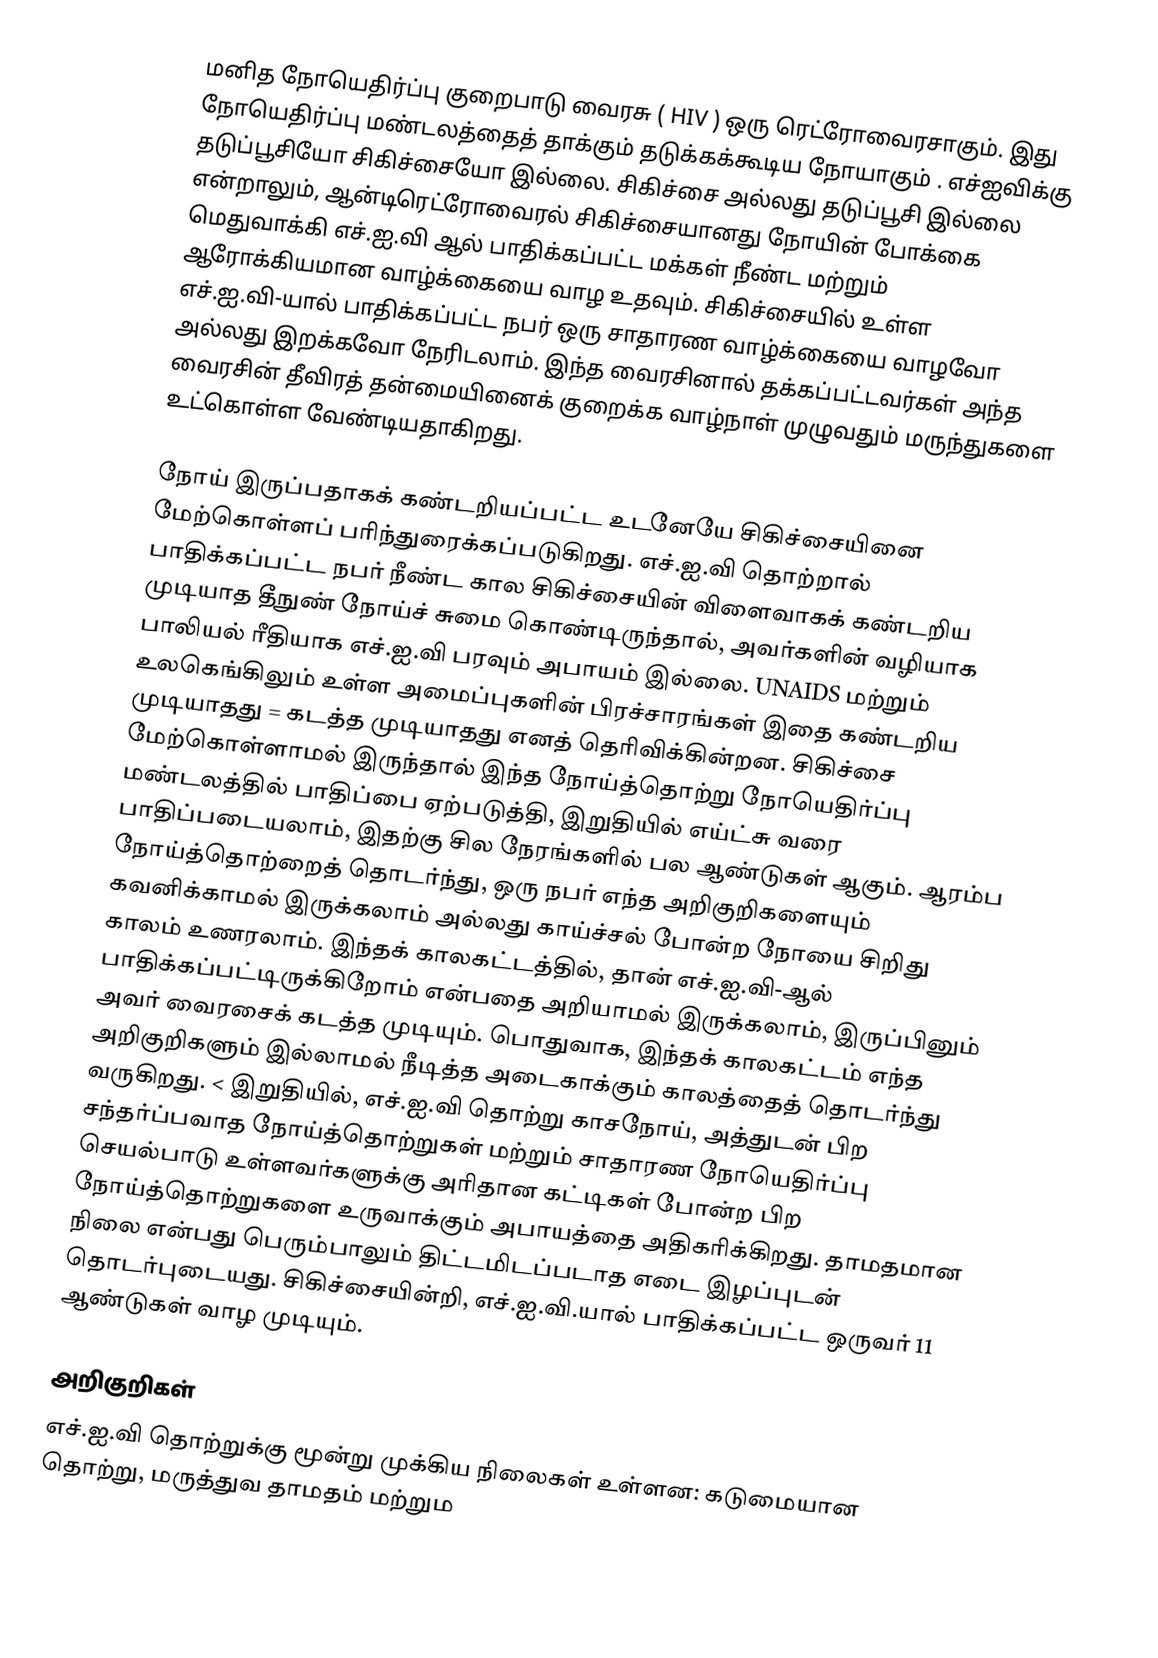
மனித நோயெதிர்ப்பு குறைபாடு வைரசு ( HIV )    ஒரு ரெட்ரோவைரசாகும்.  இது நோயெதிர்ப்பு மண்டலத்தைத் தாக்கும் தடுக்கக்கூடிய நோயாகும் . எச்ஐவிக்கு தடுப்பூசியோ சிகிச்சையோ இல்லை. சிகிச்சை அல்லது தடுப்பூசி இல்லை என்றாலும், ஆன்டிரெட்ரோவைரல் சிகிச்சையானது நோயின் போக்கை மெதுவாக்கி எச்.ஐ.வி ஆல் பாதிக்கப்பட்ட மக்கள் நீண்ட மற்றும் ஆரோக்கியமான வாழ்க்கையை வாழ உதவும். சிகிச்சையில் உள்ள எச்.ஐ.வி-யால் பாதிக்கப்பட்ட நபர் ஒரு சாதாரண வாழ்க்கையை வாழவோ அல்லது இறக்கவோ நேரிடலாம்.  இந்த வைரசினால் தக்கப்பட்டவர்கள் அந்த வைரசின் தீவிரத் தன்மையினைக் குறைக்க வாழ்நாள் முழுவதும் மருந்துகளை உட்கொள்ள வேண்டியதாகிறது.

நோய் இருப்பதாகக் கண்டறியப்பட்ட உடனேயே சிகிச்சையினை மேற்கொள்ளப் பரிந்துரைக்கப்படுகிறது.  எச்.ஐ.வி தொற்றால் பாதிக்கப்பட்ட நபர் நீண்ட கால சிகிச்சையின் விளைவாகக் கண்டறிய முடியாத தீநுண் நோய்ச் சுமை கொண்டிருந்தால், அவர்களின் வழியாக பாலியல் ரீதியாக எச்.ஐ.வி பரவும் அபாயம் இல்லை.   UNAIDS மற்றும் உலகெங்கிலும் உள்ள அமைப்புகளின் பிரச்சாரங்கள் இதை கண்டறிய முடியாதது = கடத்த முடியாதது எனத் தெரிவிக்கின்றன.  சிகிச்சை மேற்கொள்ளாமல் இருந்தால் இந்த நோய்த்தொற்று நோயெதிர்ப்பு மண்டலத்தில் பாதிப்பை ஏற்படுத்தி, இறுதியில் எய்ட்சு வரை பாதிப்படையலாம், இதற்கு சில நேரங்களில் பல ஆண்டுகள் ஆகும். ஆரம்ப நோய்த்தொற்றைத் தொடர்ந்து, ஒரு நபர் எந்த அறிகுறிகளையும் கவனிக்காமல் இருக்கலாம் அல்லது காய்ச்சல் போன்ற நோயை சிறிது காலம் உணரலாம்.  இந்தக் காலகட்டத்தில், தான் எச்.ஐ.வி-ஆல் பாதிக்கப்பட்டிருக்கிறோம் என்பதை அறியாமல் இருக்கலாம், இருப்பினும் அவர் வைரசைக் கடத்த முடியும். பொதுவாக, இந்தக் காலகட்டம் எந்த அறிகுறிகளும் இல்லாமல் நீடித்த அடைகாக்கும் காலத்தைத் தொடர்ந்து வருகிறது. < இறுதியில், எச்.ஐ.வி தொற்று காசநோய், அத்துடன் பிற சந்தர்ப்பவாத நோய்த்தொற்றுகள் மற்றும் சாதாரண நோயெதிர்ப்பு செயல்பாடு உள்ளவர்களுக்கு அரிதான கட்டிகள் போன்ற பிற நோய்த்தொற்றுகளை உருவாக்கும் அபாயத்தை அதிகரிக்கிறது.  தாமதமான நிலை என்பது பெரும்பாலும் திட்டமிடப்படாத எடை இழப்புடன் தொடர்புடையது.  சிகிச்சையின்றி, எச்.ஐ.வி.யால் பாதிக்கப்பட்ட ஒருவர் 11 ஆண்டுகள் வாழ முடியும்.

அறிகுறிகள்
எச்.ஐ.வி தொற்றுக்கு மூன்று முக்கிய நிலைகள் உள்ளன: கடுமையான தொற்று, மருத்துவ தாமதம் மற்றும